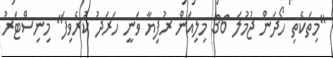
"މިތަކެތި ހޯދަން ޖުމުލަ 36 މިލިއަން ރުފިޔާ ވަނީ ހަރަދު ކުރެވިފަ" މިނިސްޓަރު